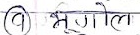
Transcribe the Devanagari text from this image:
(9) भूगोल